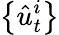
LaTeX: \left\{ \hat{u}_{t}^{i}\right\}